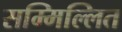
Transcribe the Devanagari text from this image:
सम्मिल्लित